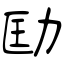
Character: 劻